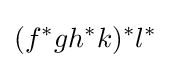
(f^{*}gh^{*}k)^{*}l^{*}